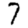
Digit: 7